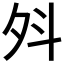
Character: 斘